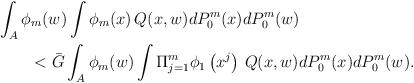
LaTeX: \begin{align*}&\int_A \phi_m (w) \int \phi_m(x) \, Q(x,w) dP_0^m(x)dP_0^m(w) \\&\qquad< \bar{G} \int_A \phi_m(w) \int \Pi_{j=1}^{m} \phi_1\left( x^j\right) \, Q(x,w) dP_0^m(x)dP_0^m(w). \end{align*}